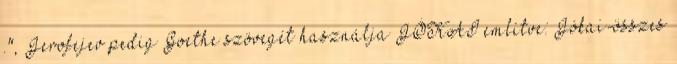
.", Jerofejev pedig Goethe szövegét használja JÓKAI említve: Jókai-összes